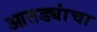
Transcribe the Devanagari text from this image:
आतड्यांचा